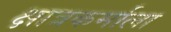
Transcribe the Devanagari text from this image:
क्षात्रकर्माला